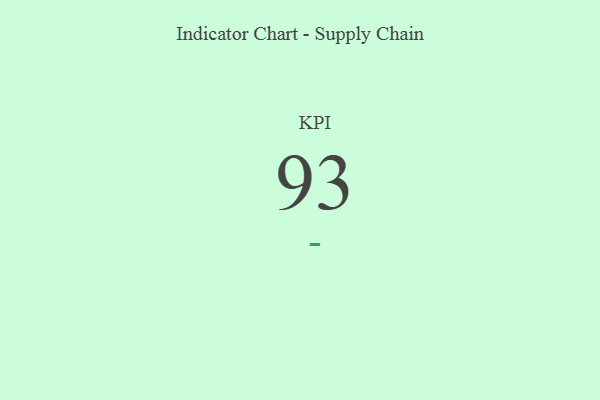
{"axis": {"x": "KPI", "y": "Value"}, "legend": [""], "data": [{"x": "KPI", "y": 93, "type": ""}]}